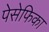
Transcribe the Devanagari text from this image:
पेसेफिका